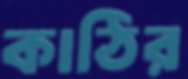
কাঠির